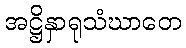
အဋ္ဌိနှာရုသံဃာတေ